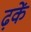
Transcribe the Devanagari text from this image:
ढ़कें